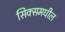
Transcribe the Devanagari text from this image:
सिक्समधील